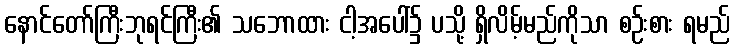
နောင်တော်ကြီးဘုရင်ကြီး၏ သဘောထား ငါ့အပေါ်၌ ပသို့ ရှိလိမ့်မည်ကိုသာ စဉ်းစား ရမည်